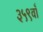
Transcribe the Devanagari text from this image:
३५९वाँ